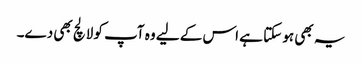
یہ بھی ہو سکتا ہے اس کے لیے وہ آپ کو لالچ بھی دے۔